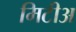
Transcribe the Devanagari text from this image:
मिटीअ